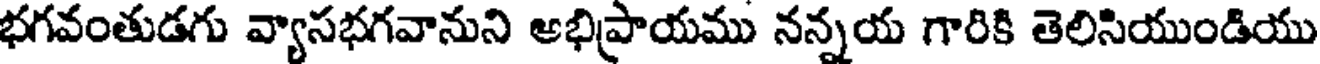
భగవంతుడగు వ్యాసభగవానుని అభిప్రాయము నన్నయ గారికి తెలిసియుండియు